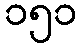
၁၅၁